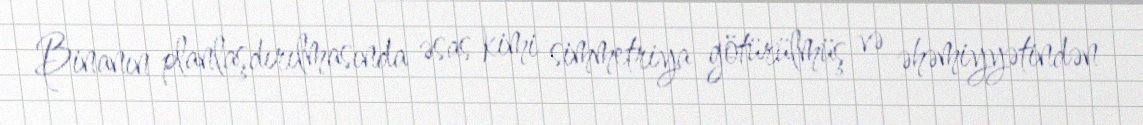
Binanın planlaşdırılmasında əsas kimi simmetriya götürülmüş və əhəmiyyətindən